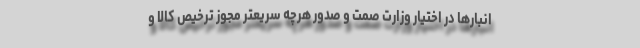
انبار‌ها در اختیار وزارت صمت و صدور هرچه سریعتر مجوز ترخیص کالا و